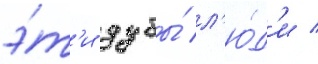
э́т'и дубы́ л'ю́д'и /